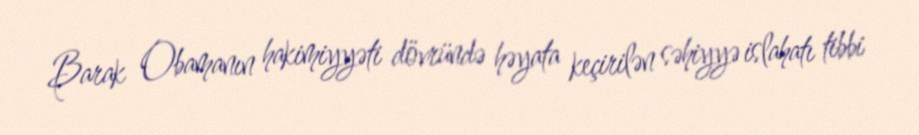
Barak Obamanın hakimiyyəti dövründə həyata keçirilən səhiyyə islahatı tibbi